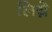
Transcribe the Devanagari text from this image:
लिय़े